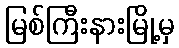
မြစ်ကြီးနားမြို့မှ